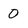
Character: 0